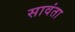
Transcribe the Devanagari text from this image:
सावंता